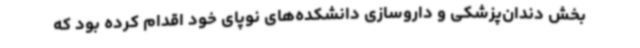
بخش دندان‌پزشکی و داروسازی دانشکده‌های نوپای خود اقدام کرده بود که